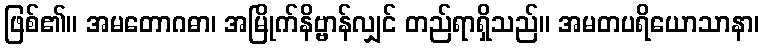
ဖြစ်၏။ အမတောဂဓာ၊ အမြိုက်နိဗ္ဗာန်လျှင် တည်ရာရှိသည်။ အမတပရိယောသာနာ၊